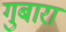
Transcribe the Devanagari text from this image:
गुबारा